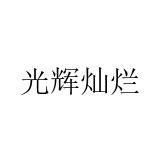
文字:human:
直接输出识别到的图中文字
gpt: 光辉灿烂